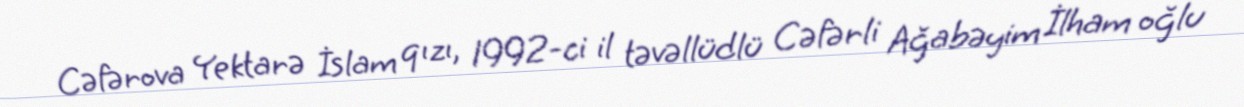
Cəfərova Yektarə İslam qızı, 1992-ci il təvəllüdlü Cəfərli Ağabəyim İlham oğlu